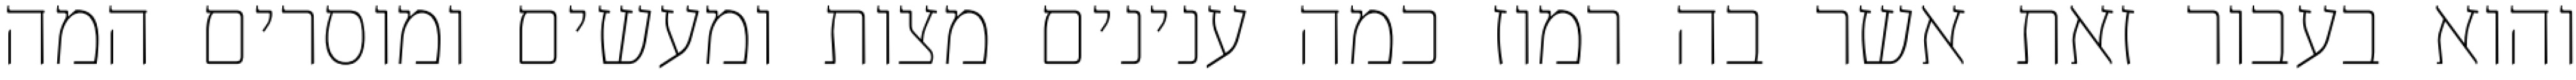
והוא בעבור זאת אשר בה רמוז כמה ענינים מצות ומעשים ומוסרים המה